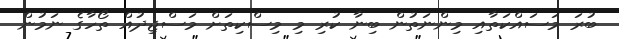
ބުރަ މަސައްކަތާއި މިންނަތުން ބިނާ ކުރި މި މިސްކިތަށް މަސްޖިދުއް ތޯހާގެ ނަމުން